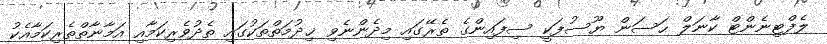
ލެފްޓިނެންޓް ކާނަލް ޙަސަން ޔޫސުފަކީ ސިފައިންގެ ތެރޭގައި މިދެންނެވި ޚިދުމަތްތަކުގައި ތެދުވެރިކަމާއި އަމާނާތްތެރިކަމާއެކު